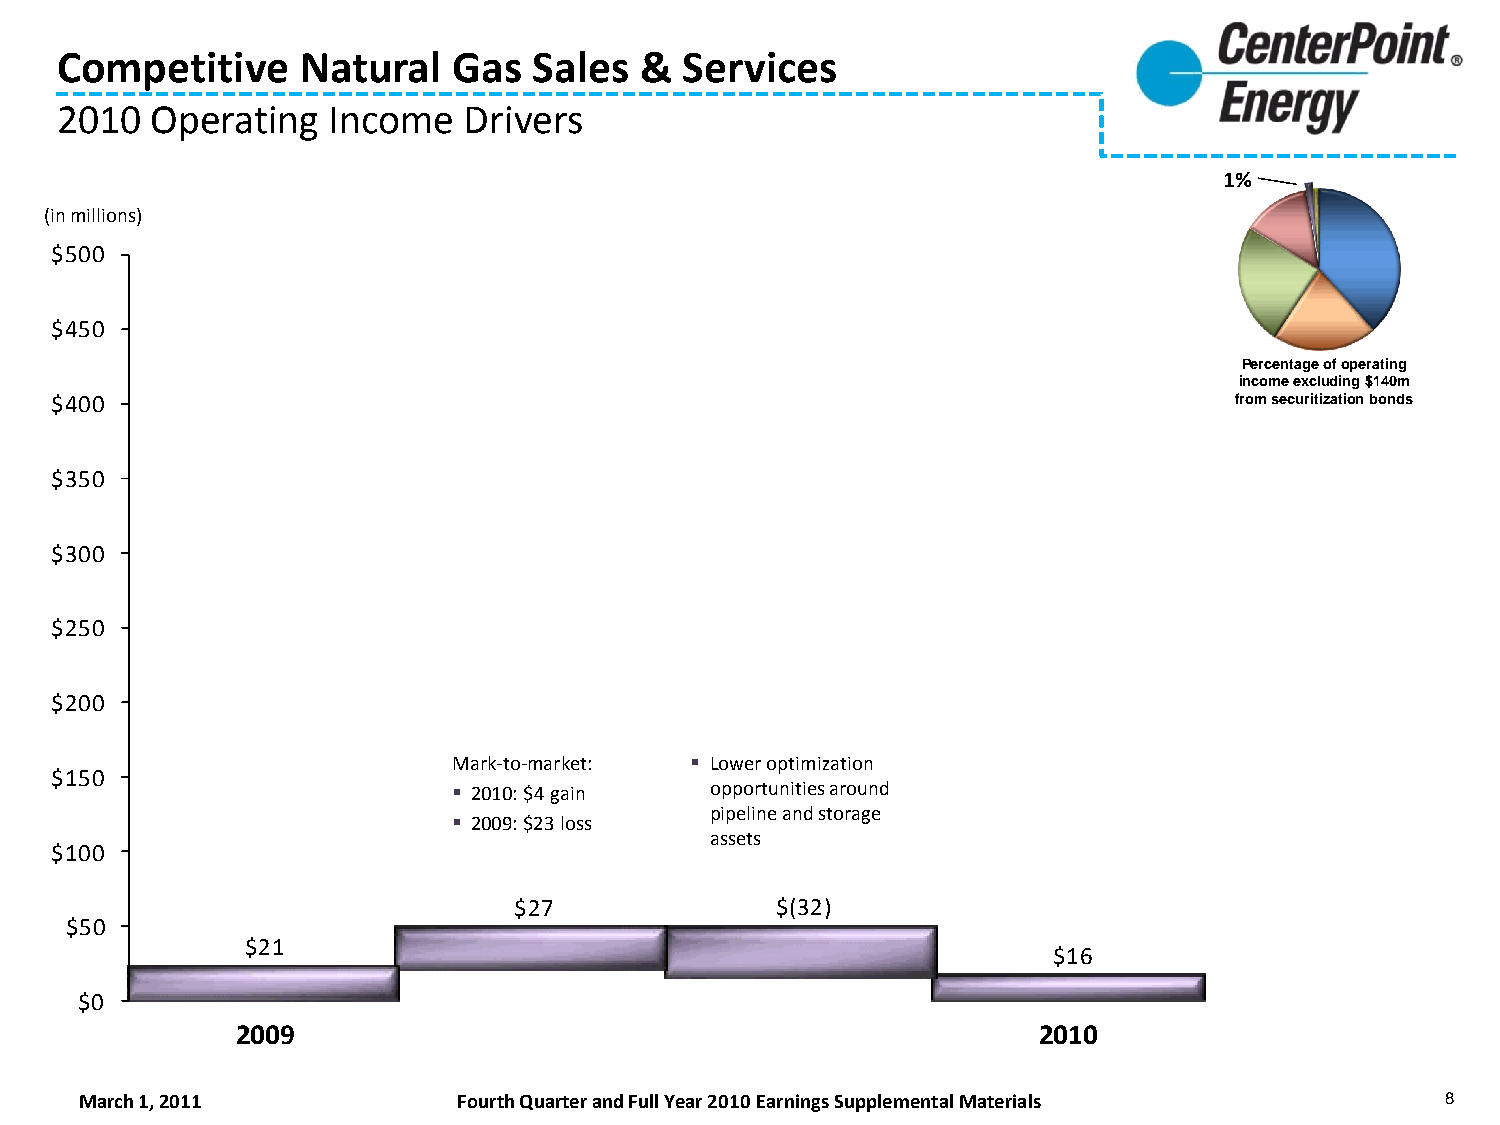
Competitive     Natural   Gas  Sales  &  Services
 2010  Operating   Income   Drivers
 1%
 (in millions)
 $500
 $450
 Percentage of operating
 income excluding $140m
 $400                                                                           from securitization bonds
 $350
 $300
 $250
 $200
 Mark-to-market:  Lower optimization
 $150
  2010: $4 gain  opportunities around
 pipeline and storage
  2009: $23 loss
 assets
 $100
 $27              $(32)
 $50
 $21
 $16
 $0
 2009                                                 2010
 March 1, 2011            Fourth Quarter and Full Year 2010 Earnings Supplemental Materials 8